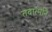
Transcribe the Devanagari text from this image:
तदात्मनि